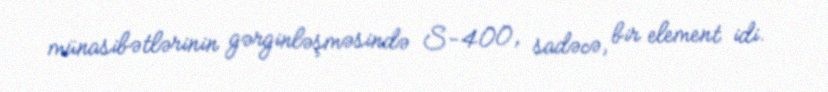
münasibətlərinin gərginləşməsində S-400, sadəcə, bir element idi.